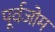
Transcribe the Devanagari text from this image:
पूर्वजोम